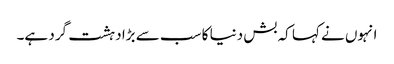
انہوں نے کہا کہ بش دنیا کا سب سے بڑا دہشت گرد ہے۔